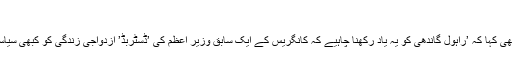
‘
مسٹر جیٹلی نے یہ بھی کہا کہ ’راہول گاندھی کو یہ یاد رکھنا چاہیے کہ کانگریس کے ایک سابق وزیر اعظم کی ’ڈسٹربڈ’ ازدواجی زندگی کو کبھی سیاسی اشو نہیں بنایا گیا۔